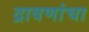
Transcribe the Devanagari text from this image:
द्रावणांचा